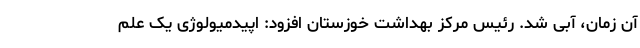
آن زمان، آبی شد. رئیس مرکز بهداشت خوزستان افزود: اپیدمیولوژی یک علم